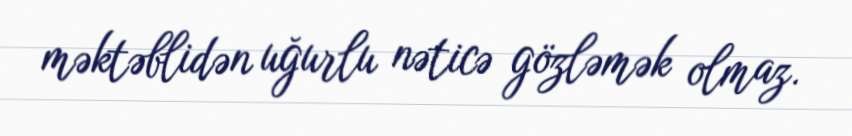
məktəblidən uğurlu nəticə gözləmək olmaz.